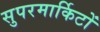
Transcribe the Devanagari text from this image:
सुपरमार्किटों